Report on vaccination North-West Frontier Province 1904-1922 - 1904-1922
Year: 1904
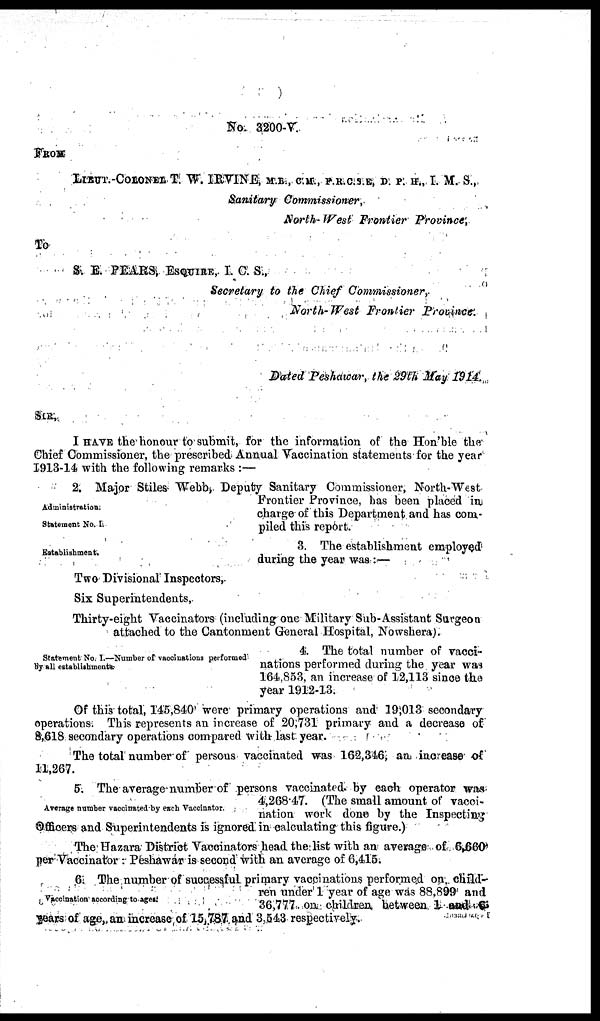
No. 3200-V.
FROM
LIEUT.-COLONEL T. W. IRVINE, M.B., C.M, F.R.C.S.E, D. P. H., I. M. S.,
Sanitary Commissioner
North-West Frontier Province,
To
S. E. PEARS, ESQUIRE, I. C. S.,
Secretary to the Chief Commissioner,
North-West Frontier Province.
Dated Peshawar, the 29th May 1914.
SIR,
I HAVE the honour to submit, for the information of the Hon'ble the
Chief Commissioner, the prescribed Annual Vaccination statements for the year
1913-14 with the following remarks :—
Administration.
Statement No. II
2. Major Stiles Webb, Deputy Sanitary Commissioner, North-West
Frontier Province, has been placed in
charge of this Department and has com-
piled this report.
Establishment.
3. The establishment employed
during the year was :—
Two Divisional Inspectors,
Six Superintendents,
Thirty-eight Vaccinators (including one Military Sub-Assistant Surgeon
attached to the Cantonment General Hospital, Nowshera).
Statement No. I.—Number of vaccinations performed
by all establishments
4. The total number of vacci-
nations performed during the year was
164,853, an increase of 12,113 since the
year 1912-13.
Of this total, 145,840 were primary operations and 19,013 secondary
operations. This represents an increase of 20,731 primary and a decrease of
8,618 secondary operations compared with last year.
The total number of persons vaccinated was 162,316, an increase of
11,267.
Average number vaccinated by each Vaccinator.
5. The average number of persons vaccinated by each operator was
4,268.47. (The small amount of vacci-
nation work done by the Inspecting
Officers and Superintendents is ignored in calculating this figure.)
The Hazara District Vaccinators head the list with an average of 6,660
per Vaccinator : Peshawar is second with an average of 6,415.
Vaccination according to ages.
6. The number of successful primary vaccinations performed on, child-
ren under 1 year of age was 88,899 and
36,777, on children between 1 and 6
years of age, an increase of 15,787 and 3,543 respectively.